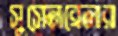
সুসেনব্রেনার